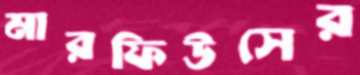
মারফিউসের